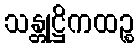
သန္တုဋ္ဌိကထဉ္စ